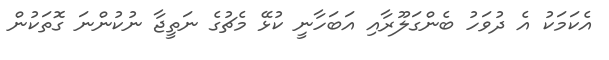
އެކަމަކު އެ ދުވަހު ބެންގަލޫރާއި އަބަހާނީ ކުޅޭ މެޗުގެ ނަތީޖާ ނުކުންނަ ގޮތަކުން